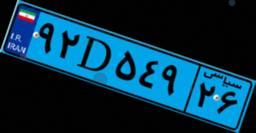
۰۰D۵۶۰۶۶